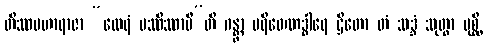
တိဿမဟာရာဇာ “ထေရံ ပဿိဿာမီ”တိ ဂန္တွာ ပရိဝေဏဒွါရေ ဌိတော တံ သဒ္ဒံ သုတွာ ပုစ္ဆိ